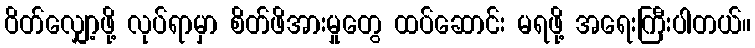
ဝိတ်လျှော့ဖို့ လုပ်ရာမှာ စိတ်ဖိအားမှုတွေ ထပ်ဆောင်း မရဖို့ အရေးကြီးပါတယ်။